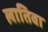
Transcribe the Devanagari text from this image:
लातिवा